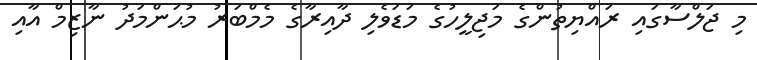
މި ޖަލްސާގައި ރައްޔިތުންގެ މަޖިލީހުގެ މަޑަވެލި ދާއިރާގެ މެމްބަރު މުޙަންމަދު ނާޒިމް އާއި